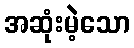
အဆုံးမဲ့သော